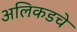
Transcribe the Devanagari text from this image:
अलिकडचे